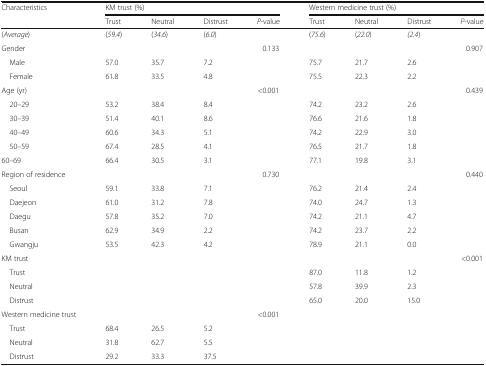
<table><thead><tr><td rowspan="2"><b>Characteristics</b></td><td colspan="4"><b>KM trust (%)</b></td><td colspan="4"><b>Western medicine trust (%)</b></td></tr><tr><td><b>Trust</b></td><td><b>Neutral</b></td><td><b>Distrust</b></td><td><b><i>P</i>-value</b></td><td><b>Trust</b></td><td><b>Neutral</b></td><td><b>Distrust</b></td><td><b><i>P</i>-value</b></td></tr></thead><tbody><tr><td>(<i>Average</i>)</td><td>(<i>59.4</i>)</td><td>(<i>34.6</i>)</td><td>(<i>6.0</i>)</td><td></td><td>(<i>75.6</i>)</td><td>(<i>22.0</i>)</td><td><i>(2.4</i>)</td><td></td></tr><tr><td>Gender</td><td></td><td></td><td></td><td>0.133</td><td></td><td></td><td></td><td>0.907</td></tr><tr><td> Male</td><td>57.0</td><td>35.7</td><td>7.2</td><td></td><td>75.7</td><td>21.7</td><td>2.6</td><td></td></tr><tr><td> Female</td><td>61.8</td><td>33.5</td><td>4.8</td><td></td><td>75.5</td><td>22.3</td><td>2.2</td><td></td></tr><tr><td>Age (yr)</td><td></td><td></td><td></td><td>&lt;0.001</td><td></td><td></td><td></td><td>0.439</td></tr><tr><td> 20–29</td><td>53.2</td><td>38.4</td><td>8.4</td><td></td><td>74.2</td><td>23.2</td><td>2.6</td><td></td></tr><tr><td> 30–39</td><td>51.4</td><td>40.1</td><td>8.6</td><td></td><td>76.6</td><td>21.6</td><td>1.8</td><td></td></tr><tr><td> 40–49</td><td>60.6</td><td>34.3</td><td>5.1</td><td></td><td>74.2</td><td>22.9</td><td>3.0</td><td></td></tr><tr><td> 50–59</td><td>67.4</td><td>28.5</td><td>4.1</td><td></td><td>76.5</td><td>21.7</td><td>1.8</td><td></td></tr><tr><td>60–69</td><td>66.4</td><td>30.5</td><td>3.1</td><td></td><td>77.1</td><td>19.8</td><td>3.1</td><td></td></tr><tr><td>Region of residence</td><td></td><td></td><td></td><td>0.730</td><td></td><td></td><td></td><td>0.440</td></tr><tr><td> Seoul</td><td>59.1</td><td>33.8</td><td>7.1</td><td></td><td>76.2</td><td>21.4</td><td>2.4</td><td></td></tr><tr><td> Daejeon</td><td>61.0</td><td>31.2</td><td>7.8</td><td></td><td>74.0</td><td>24.7</td><td>1.3</td><td></td></tr><tr><td> Daegu</td><td>57.8</td><td>35.2</td><td>7.0</td><td></td><td>74.2</td><td>21.1</td><td>4.7</td><td></td></tr><tr><td> Busan</td><td>62.9</td><td>34.9</td><td>2.2</td><td></td><td>74.2</td><td>23.7</td><td>2.2</td><td></td></tr><tr><td> Gwangju</td><td>53.5</td><td>42.3</td><td>4.2</td><td></td><td>78.9</td><td>21.1</td><td>0.0</td><td></td></tr><tr><td>KM trust</td><td></td><td></td><td></td><td></td><td></td><td></td><td></td><td>&lt;0.001</td></tr><tr><td> Trust</td><td></td><td></td><td></td><td></td><td>87.0</td><td>11.8</td><td>1.2</td><td></td></tr><tr><td> Neutral</td><td></td><td></td><td></td><td></td><td>57.8</td><td>39.9</td><td>2.3</td><td></td></tr><tr><td> Distrust</td><td></td><td></td><td></td><td></td><td>65.0</td><td>20.0</td><td>15.0</td><td></td></tr><tr><td>Western medicine trust</td><td></td><td></td><td></td><td>&lt;0.001</td><td></td><td></td><td></td><td></td></tr><tr><td> Trust</td><td>68.4</td><td>26.5</td><td>5.2</td><td></td><td></td><td></td><td></td><td></td></tr><tr><td> Neutral</td><td>31.8</td><td>62.7</td><td>5.5</td><td></td><td></td><td></td><td></td><td></td></tr><tr><td> Distrust</td><td>29.2</td><td>33.3</td><td>37.5</td><td></td><td></td><td></td><td></td><td></td></tr></tbody></table>